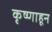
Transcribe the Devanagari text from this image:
कृष्णाहून